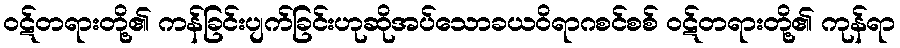
ဝဋ်တရားတို့၏ ကန်ခြင်းပျက်ခြင်းဟုဆိုအပ်သောခယဝိရာဂစင်စစ် ဝဋ်တရားတို့၏ ကုန်ရာ